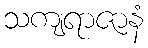
သကျရာဇာနံ